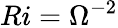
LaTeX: Ri=\Omega^{-2}